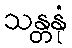
သန္တနုံ